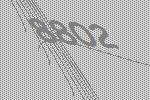
8802